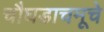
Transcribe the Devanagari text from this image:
चौघडाचमूचे